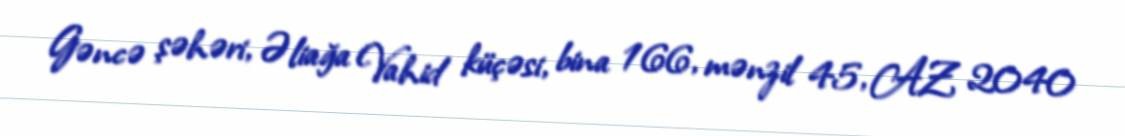
Gəncə şəhəri, Əliağa Vahid küçəsi, bina 166, mənzil 45, AZ 2040